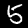
Label: 5